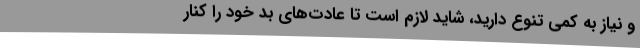
و نیاز به کمی تنوع دارید، شاید لازم است تا عادت‌های بد خود را کنار